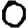
Digit: 0